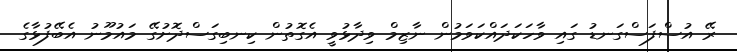
ރޭ އުސްފަސްގަނޑު ގައި ވާހަކަދައްކަވަމުން ނާޒިމް ވިދާޅުވީ އެގޮތުން ކިނބިގަސްދޮށުގޭ މައުމޫނު އެބޭފުޅާގެ